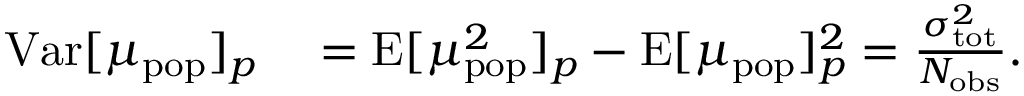
\begin{array} { r l } { \mathrm { V a r } [ \mu _ { \mathrm { p o p } } ] _ { p } } & { { } = \mathrm { E } [ \mu _ { \mathrm { p o p } } ^ { 2 } ] _ { p } - \mathrm { E } [ \mu _ { \mathrm { p o p } } ] _ { p } ^ { 2 } = \frac { \sigma _ { \mathrm { t o t } } ^ { 2 } } { N _ { \mathrm { o b s } } } . } \end{array}